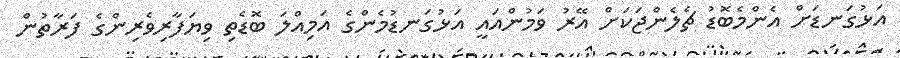
އަޅުގަނޑަށް އެންމެބޮޑު ޗެލެންޖަކަށް އޭރު ވަމުންއައީ އަޅުގަނޑުމެންގެ އަމިއްލަ ބޮޑެތި ވިޔަފާރިވެރިންގެ ފަރާތުން